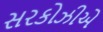
સરકોઝીએ